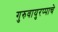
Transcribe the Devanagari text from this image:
गुरुवायुरप्पाचे